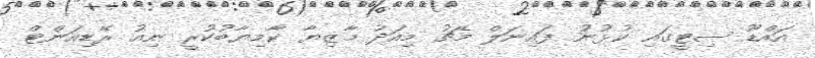
އައްޑޫ ސިޓީގައި ކުޅުނު ފައިނަލް މެޗު މިއަދު މާޒިޔާ ކާމިޔާބުކުރީ ނިއު ރޭޑިއަންޓް